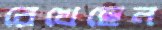
রেখেছেন